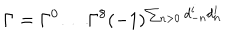
\Gamma = \Gamma ^ { 0 } \ldots \Gamma ^ { 8 } ( - 1 ) ^ { \sum _ { n > 0 } d _ { - n } ^ { i } d _ { n } ^ { i } }